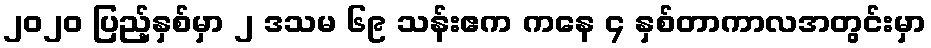
၂၀၂၀ ပြည့်နှစ်မှာ ၂ ဒသမ ၆၉ သန်းဧက ကနေ ၄ နှစ်တာကာလအတွင်းမှာ